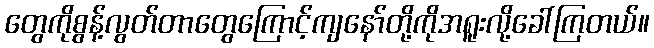
တွေကိုစွန့်လွတ်တာတွေကြောင့်ကျနော်တို့ကိုအရူးလို့ခေါ်ကြတယ်။